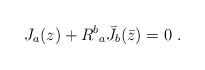
LaTeX: \begin{align*}J_a(z) + {R^b}_a {\bar J}_b(\bar z) = 0~.\end{align*}